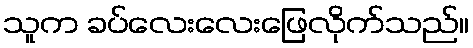
သူက ခပ်လေးလေးဖြေလိုက်သည်။